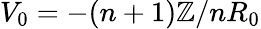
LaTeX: V_{0}=-(n+1)\mathbb{Z}/nR_{0}